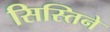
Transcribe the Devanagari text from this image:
सिस्तिने